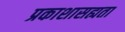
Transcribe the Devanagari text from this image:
प्रकाशासह्यता